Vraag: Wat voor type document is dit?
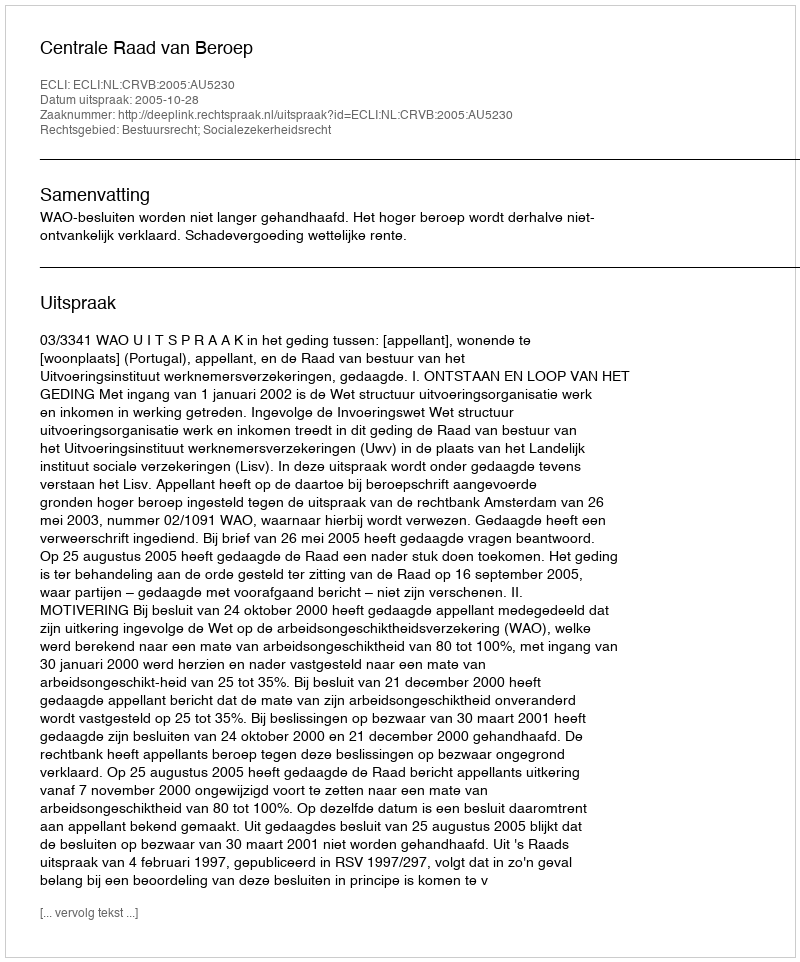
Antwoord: Uitspraak